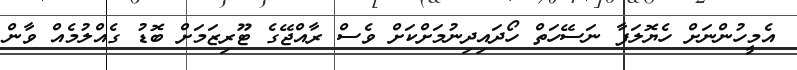
އެމީހުންނަށް ހެޔޮލަފާ ނަސޭހަތް ހޯދައިދިނުމަށްކަށް ވެސް ރާއްޖޭގެ ޓޫރިޒަމަށް ބޮޑު ގެއްލުމެއް ވާން